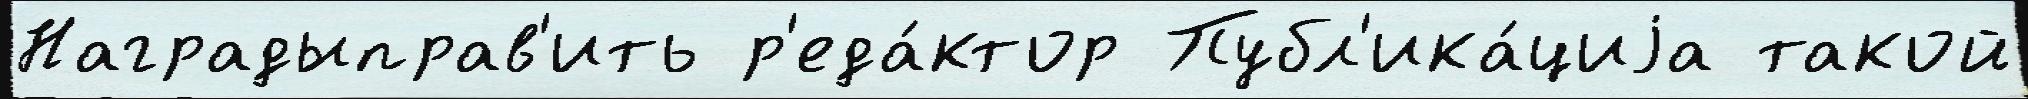
Наградыправ'ить р'еда́ктор Публ'ика́циjа такой